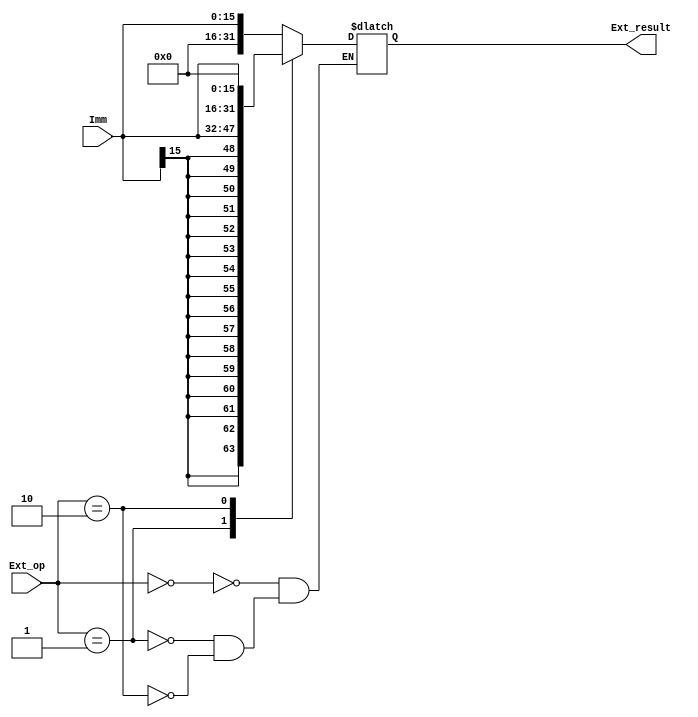
module Extender(
    input [15:0]Imm,
    input [1:0]Ext_op,
    output reg [31:0]Ext_result
    );
    

    always@(*)
    begin
        case(Ext_op)
            2'b00: Ext_result <= { {16{1'b0}} , Imm };           // 
            2'b01: Ext_result <= { {16{Imm[15]}} , Imm};         // 
            2'b10: Ext_result <= { Imm , {16{1'b0}} };           // lui
        endcase
    end

endmodule